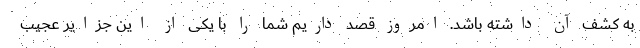
به کشف آن داشته باشد. امروز قصد داریم شما را با یکی از این جزایر عجیب